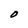
Character: O